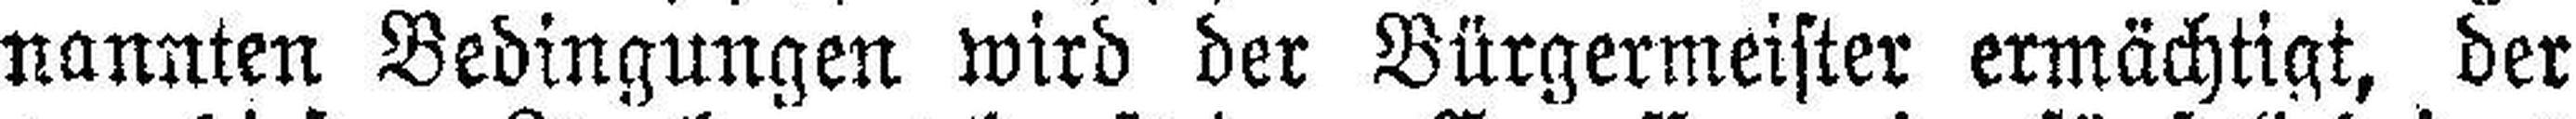
nannten Bedingungen wird der Bürgermeister ermächtigt, der